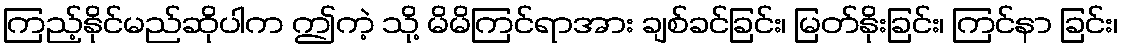
ကြည့်နိုင်မည်ဆိုပါက ဤကဲ့ သို့ မိမိကြင်ရာအား ချစ်ခင်ခြင်း၊ မြတ်နိုးခြင်း၊ ကြင်နာ ခြင်း၊